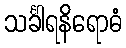
သင်္ခါရနိရောဓံ